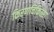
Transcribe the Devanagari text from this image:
किरणचिकित्सा